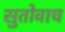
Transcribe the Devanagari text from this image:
सुतोवाच